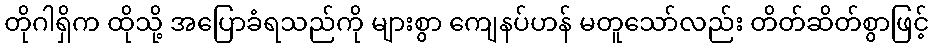
တိုဂါရှိက ထိုသို့ အပြောခံရသည်ကို များစွာ ကျေနပ်ဟန် မတူသော်လည်း တိတ်ဆိတ်စွာဖြင့်